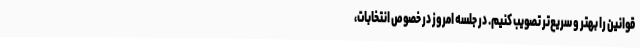
قوانین را بهتر و سریع‌تر تصویب کنیم. در جلسه امروز در خصوص انتخابات،